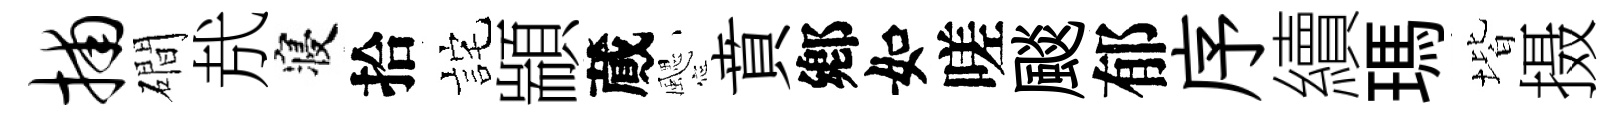
捕磵㢤寝拾詫顓蕆颸賁鄕如嗟颷郁序續瑪堦摄